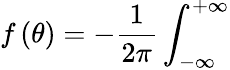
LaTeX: f\left(\theta\right)=-\frac{1}{2\pi}\int_{-\infty}^{+\infty}